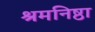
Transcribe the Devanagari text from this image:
श्रमनिष्ठा